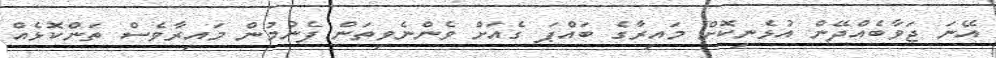
އޭނަ ޖަވާބެއްދޭން އުޅެނިކޮށް މައިރާގެ ބައްޕަ ގެއަށް ވެންނެވިތަން ފެނުމުން މައިރާވެސް ތަންކޮޅެއް